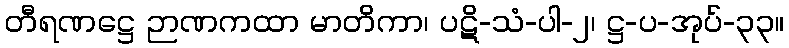
တီရဏဋ္ဌေ ဉာဏကထာ မာတိကာ၊ ပဋိ-သံ-ပါ-၂၊ ဋ္ဌ-ပ-အုပ်-၃၃။